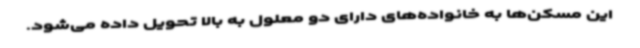
این مسکن‌ها به خانواده‌های دارای دو معلول به بالا تحویل داده می‌شود.